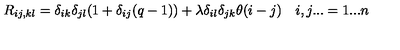
R _ { i j , k l } = \delta _ { i k } \delta _ { j l } ( 1 + \delta _ { i j } ( q - 1 ) ) + \lambda \delta _ { i l } \delta _ { j k } \theta ( i - j ) \quad i , j . . . = 1 . . . n